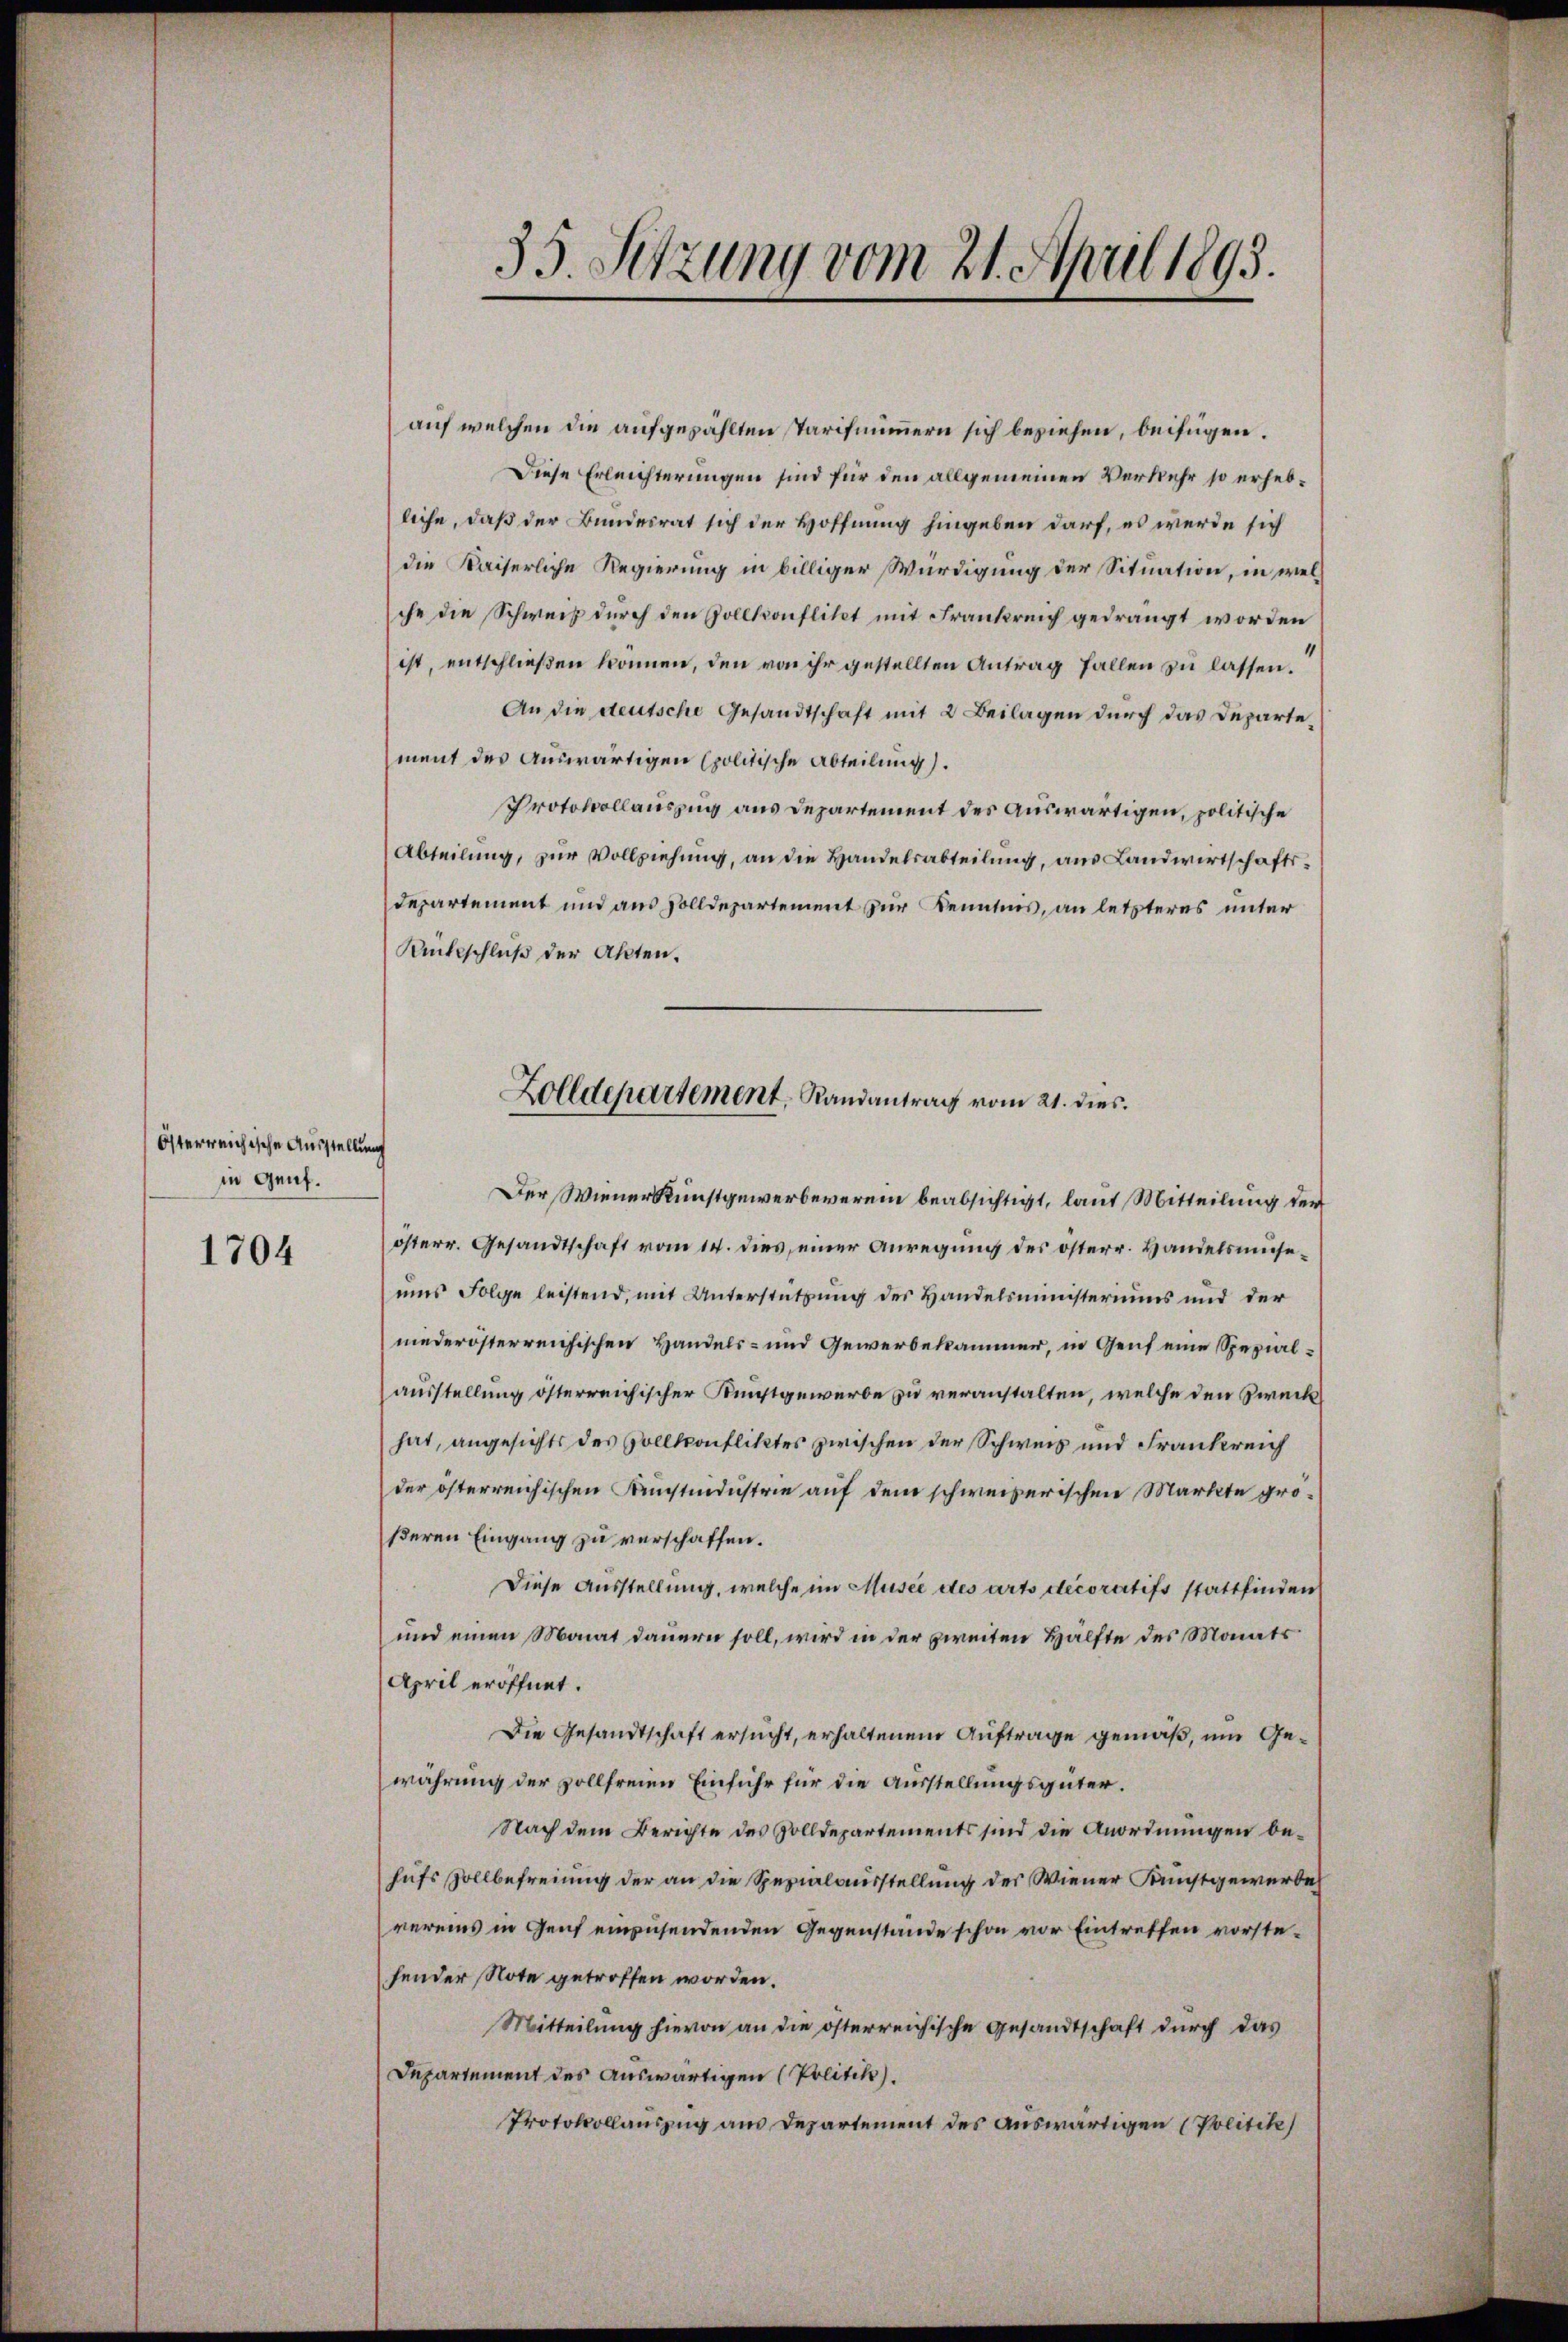
Österreichische Ausstellung
in Genf.

1704

35. Setzung vom 21. April 1895.

auf welchen die aufgezählten Tarifnummern sich beziehen, beifügen.
Diese Erleichterungen sind für den allgemeinen Verkehr so erhebliche, daß der Bundesrat sich der Hoffnung hingeben darf, es werde sich
die Kaiserliche Regierung in billiger Würdigung der Situation, in welche die Schweiz durch den Gollkonflikt mit Frankreich gedrängt worden
ist, entschließen können, den von ihr gestellten Antrag fallen zu lassen.
An die deutsche Gesandtschaft mit 2 Beilagen durch das Departe
ment des auswärtigen politische Abteilung).
Protokollauszug aus Departement des auswärtigen, politische
Abteilung, zŭr Vollziehung, an die Handelsabteilung, aus Landwirtschaftsdepartement und aus solldepartement zur Kenntnis, an letzteres unter
Rückschluß der Akten.
österr. Gesandtschaft vom 14. dies, einer Anregung des österr. Handelsmuseus Folge leistend, mit Unterstützung des Handelsministeriums und der
niederösterreichischen Handels- und Gewerbekammer, in Genf eine Spezialausstellung österreichischer Kunstgewerbe zu veranstalten, welche den Zweckhat, angesichts des Vollkonfliktes zwischen der Schweis und Frankreich
der österreichischen Künstindustrie auf dem schweizerischen Markte größeren Eingang zu verschaffen.
Diese Ausstellung, welche im Musee des arts decoratifs stattfinden
und einen Monat dauern soll, wird in der zweiten Hälfte des Monats
April eröffnet.
Die Gesandtschaft ersucht, erhaltenem Auftrage gemäß, um Gewährung der vollfreien Einfuhr für die Ausstellungsgüter.
Nach dem Berichte des Zolldepartements sind die Anordnungen behufs Zollbefreiung der an die Spezialausstellung des Wiener Kunstgewerbe
vereins in Genf einzusendenden Gegenstände schon vor Eintreffen vorstehender Note getroffen worden.
Mitteilung hievon an die österreichische Gesandtschaft durch das
Departement des auswärtigen (Politik).
Protokollauszug aus Departement des auswärtigen (Politik

Zolldepartement, Randantrag vom 21. dies
Der Wiener Kunstgewerbeverein beabsichtigt, laut Mitteilung der